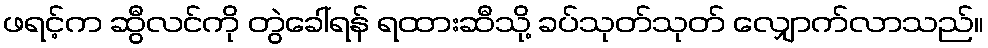
ဖရင့်က ဆွီလင်ကို တွဲခေါ်ရန် ရထားဆီသို့ ခပ်သုတ်သုတ် လျှောက်လာသည်။